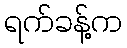
ရက်ခန့်က